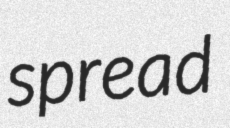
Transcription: spread